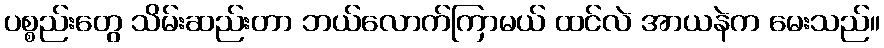
ပစ္စည်းတွေ သိမ်းဆည်းတာ ဘယ်လောက်ကြာမယ် ထင်လဲ အာယနဲက မေးသည်။